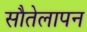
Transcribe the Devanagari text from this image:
सौतेलापन